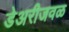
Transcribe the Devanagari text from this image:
डेअरीजवळ